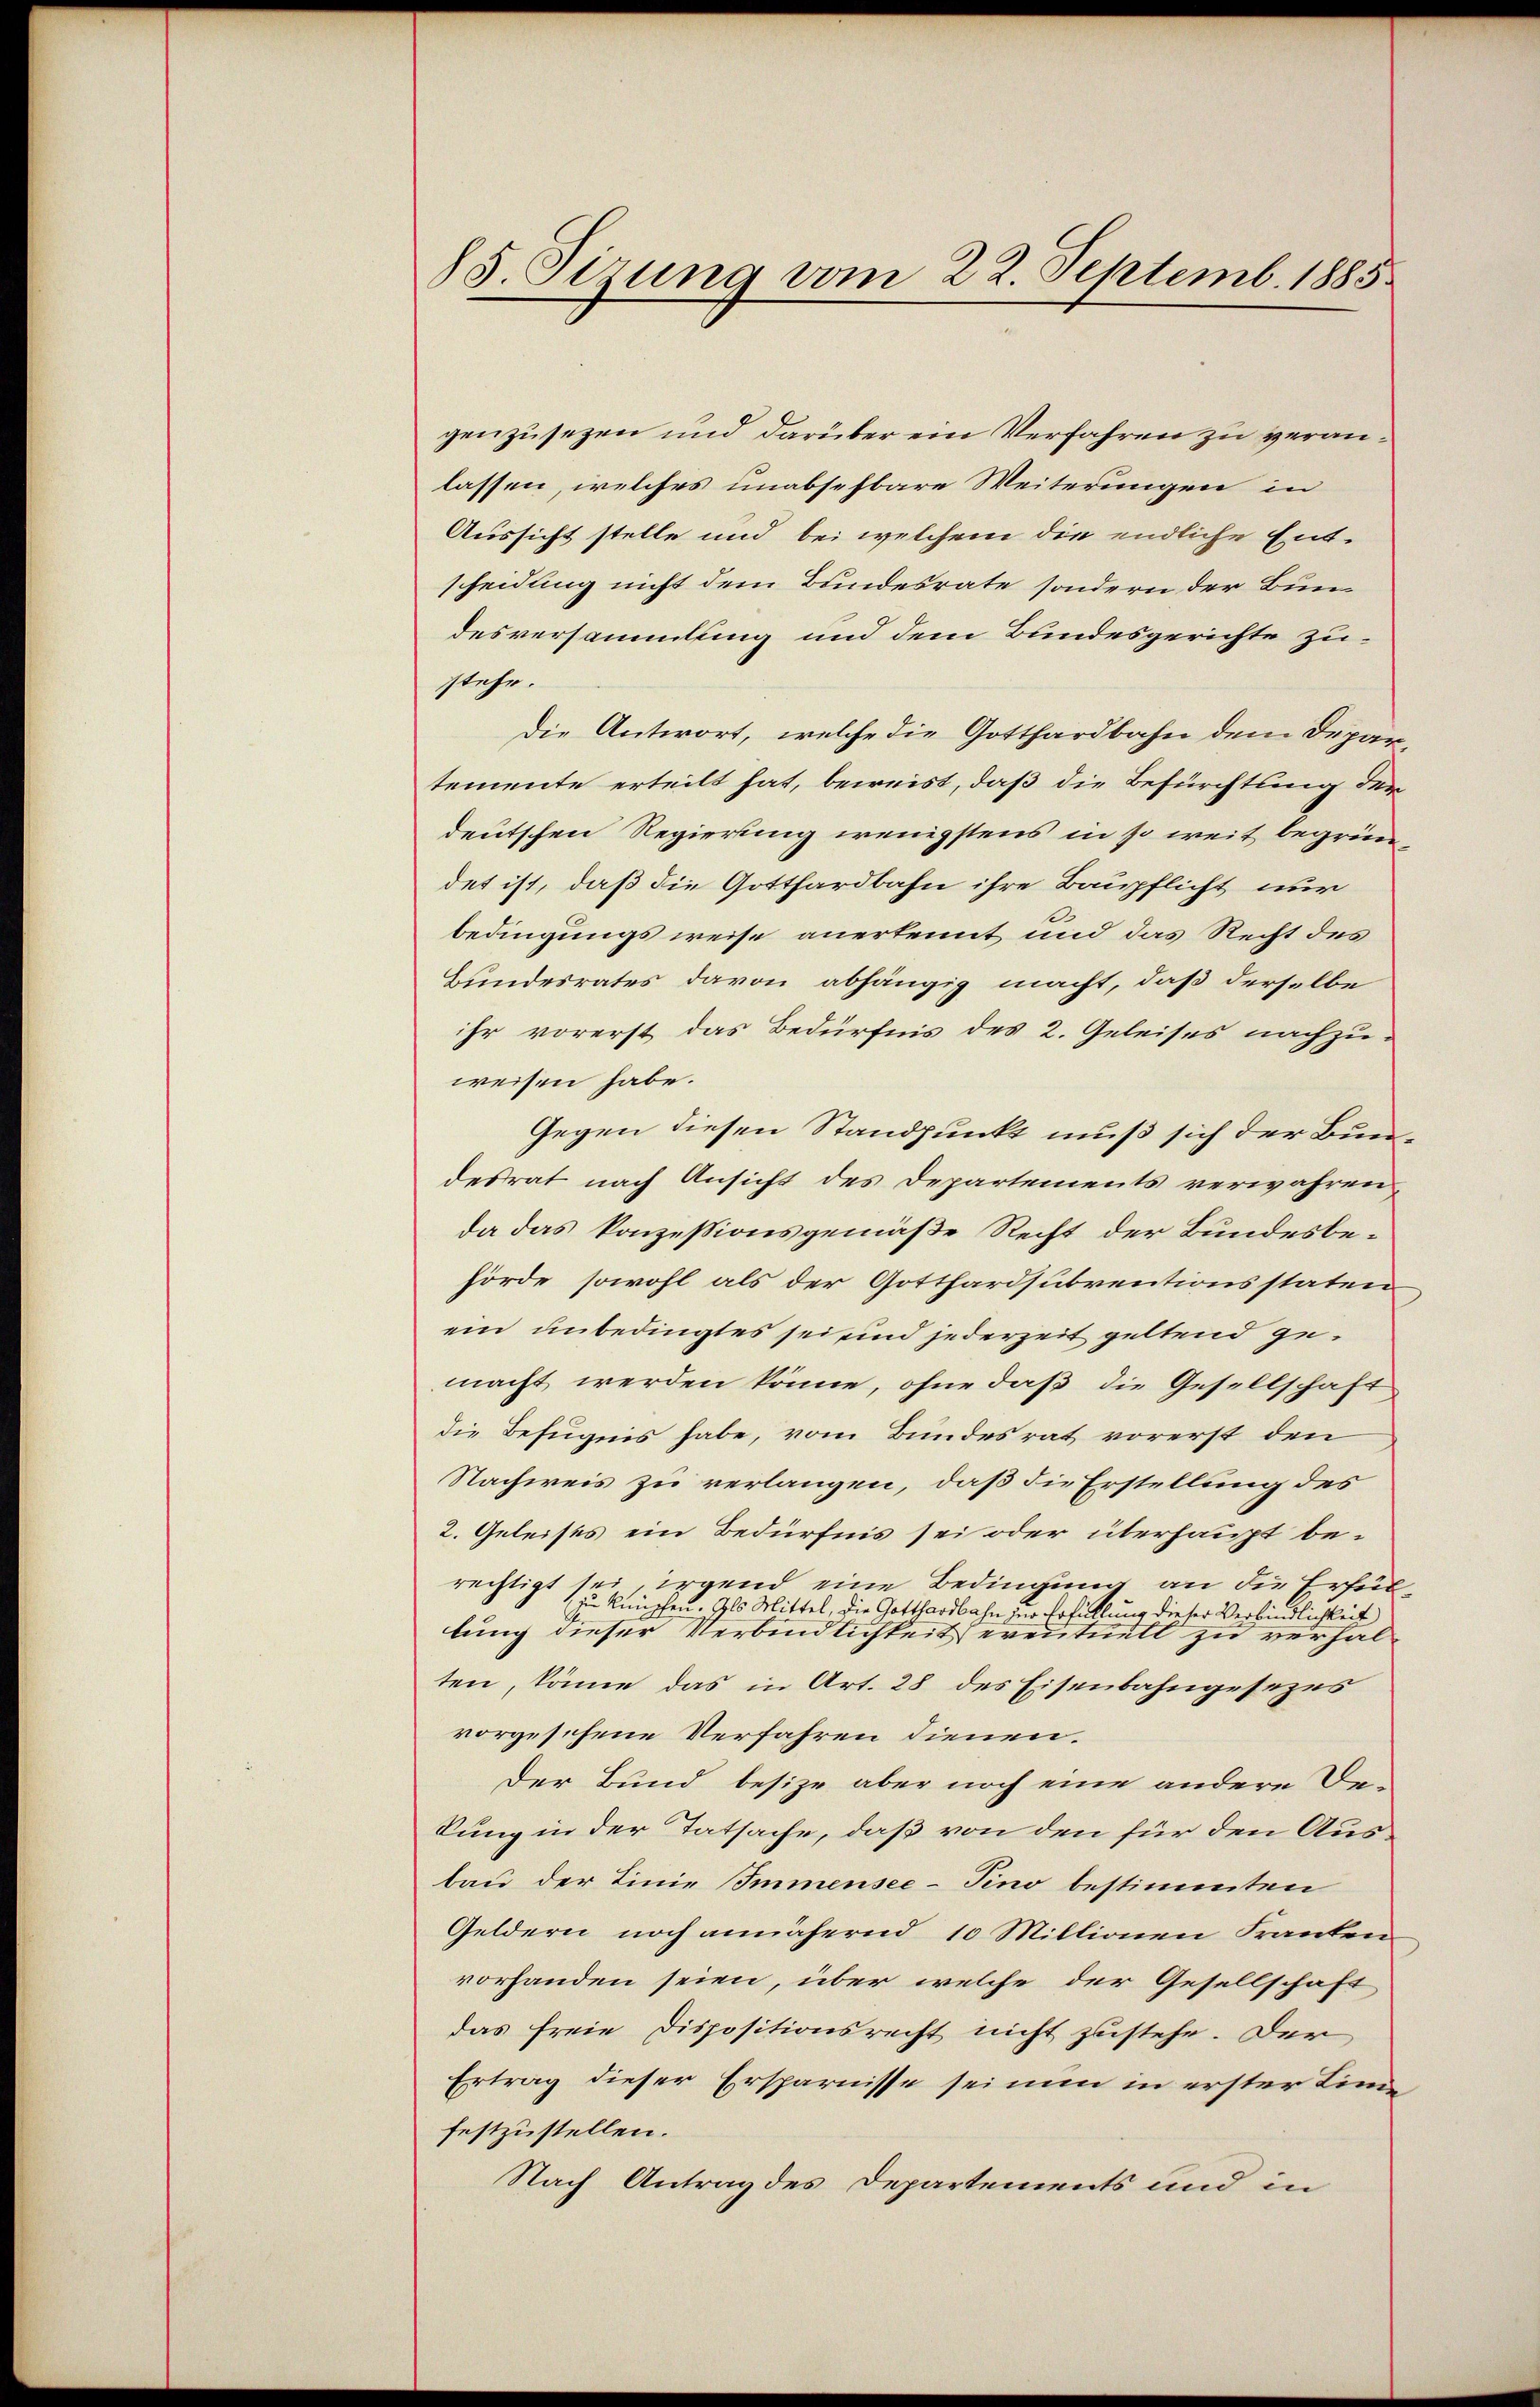
85. Sizung vom 22. Septemb. 1885.

genzusezen und darüber ein Verfahren zu veranlassen, welches unabsehbare Weiterungen in
Aussicht stelle und bei welchem die endliche Entscheidung nicht dem Bundesrate sondern der Bundesversammlung und dem Bundesgerichte zustehe.
die Antwort, welche die Gotthardbahn dem Depar
temente erteilt hat, beweist, daß die Befürchtung der
deutschen Regierung wenigstens in so weit begründet ist, daß die Gotthardbahn ihre Baupflicht nur
bedingungsweise anerkennt und das Recht des
Bundesrates davon abhängig macht, daß derselbe
ihr vorerst das Bedürfnis des 2. Geleises nachzuweisen habe.
Gegen diesen Standpunkt muß sich der Bundesrat nach Ansicht des Departements verwahren,
da das Konzessionsgemäße Recht der Bundesbehörde sowohl als der Gotthardsubventionsstaten
ein unbedingtes sei sind jederzeit geltend gemacht werden könne, ohne daß die Gesellschaft
die Befugnis habe, vom Bundesrat vorerst den
Nachweis zu verlangen, daß die Erstellung des
2. Geleises ein Bedürfnis sei oder überhaupt berechtigt sei, irgend eine Bedingung an die Erfülzu künschen. Als Mittel, die Gotthardbahn zur Erfüllung dieser Verbindlichkeit
lung dieser Verbindlichkeit eventuell zu verhalten, könne das in Art. 28 des Eisenbahngesezes
vorgesehene Verfahren dienen.
Der Bund besize aber noch eine andere Bekung in der Tatsache, daß von den für den Ausbau der Linie Immensee–Pino bestimmten
Geldern noch annähernd 10 Millionen Franken
vorhanden seien, über welche der Gesellschaft
das freie Dispositionsrecht nicht zustehe. Der
Ertrag dieser Ersparnisse sei nun in erster Kinde
festzustellen.
Nach Antrag des Departements und in